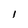
Character: I